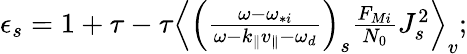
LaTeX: \begin{array}{r}{\epsilon_{s}=1+\tau-\tau\left\langle\left(\frac{\omega-\omega_{*i}}{\omega-k_{\parallel}v_{\parallel}-\omega_{d}}\right)_{s}\frac{F_{Mi}}{N_{0}}J_{s}^{2}\right\rangle_{v};}\end{array}